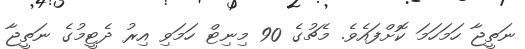
ނަތީޖާ ހަމަހަމަ ކޮށްފައެވެ. މެޗުގެ 90 މިނިޓް ހަމަވި އިރު ދެޓީމުގެ ނަތީޖާ